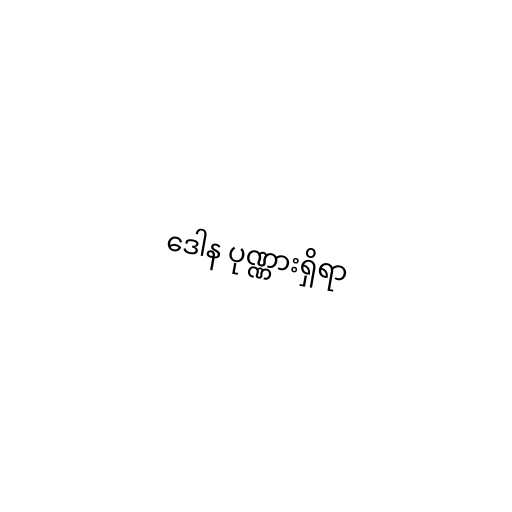
ဒေါန ပုဏ္ဏားရှိရာ